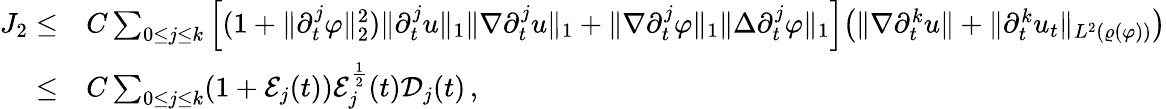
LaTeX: \begin{array}{rl}{J_{2}\leq}&{C\sum_{0\leq j\leq k}\Big[(1+\| \partial_{t}^{j}\varphi\| _{2}^{2})\| \partial_{t}^{j}u\| _{1}\| \nabla\partial_{t}^{j}u\| _{1}+\| \nabla\partial_{t}^{j}\varphi\| _{1}\| \Delta\partial_{t}^{j}\varphi\| _{1}\Big]\big(\| \nabla\partial_{t}^{k}u\| +\| \partial_{t}^{k}u_{t}\| _{L^{2}(\varrho(\varphi))}\big)}\\ {\leq}&{C\sum_{0\leq j\leq k}(1+\mathcal{E}_{j}(t))\mathcal{E}_{j}^{\frac{1}{2}}(t)\mathcal{D}_{j}(t)\, ,}\end{array}